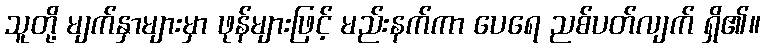
သူတို့ မျက်နှာများမှာ ဖုန်များဖြင့် မည်းနက်ကာ ပေရေ ညစ်ပတ်လျက် ရှိ၏။